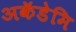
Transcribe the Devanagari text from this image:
अकॅडेमि